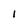
Character: 1